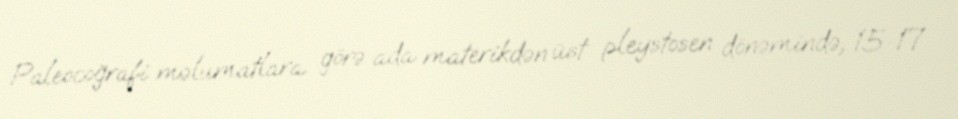
Paleocoğrafi məlumatlara görə ada materikdən üst pleystosen dönəmində, 15-17